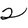
Character: 2